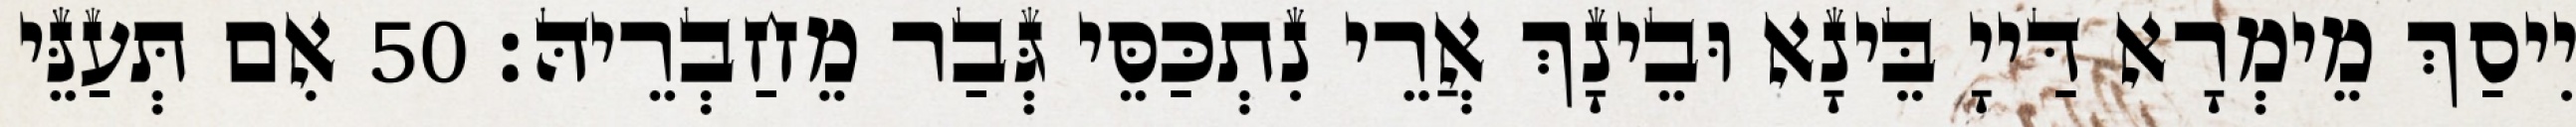
יִיסַךְ מֵימְרָא דַּייָ בֵּינָא וּבֵינָךְ אֲרֵי נִתְכַּסֵּי גְּבַר מֵחַבְרֵיהּ׃ 50 אִם תְּעַנֵּי